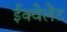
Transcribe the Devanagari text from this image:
ईक्वेलेंट